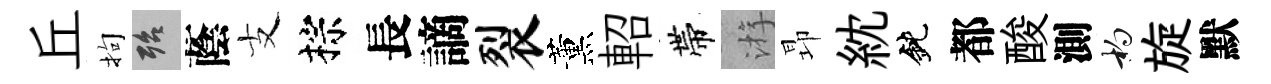
丘拘殆蔭支棕長謫裂薰軺帶㳺昻紞鈍都酸測杓旋默